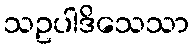
သဥပါဒိသေသာ